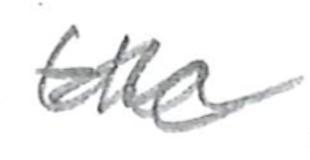
Text: the
Cross-out: wave
Writing tool: pencil